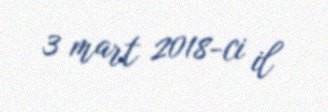
3 mart 2018-ci il